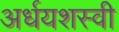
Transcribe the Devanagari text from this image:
अर्धयशस्वी